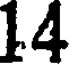
14